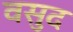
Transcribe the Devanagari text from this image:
वसुद